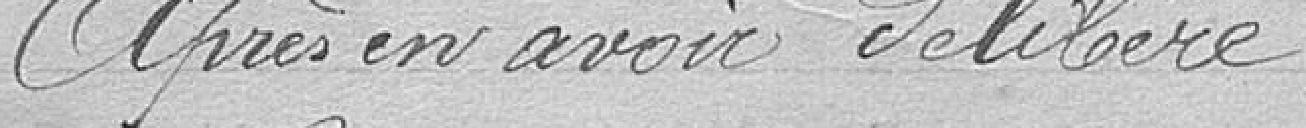
après en avoir délibéré :